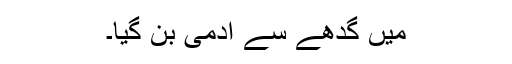
میں گدھے سے آدمی بن گیا۔